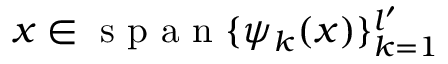
x \in \mathrm { ~ s ~ p ~ a ~ n ~ } \{ \psi _ { k } ( x ) \} _ { k = 1 } ^ { l ^ { \prime } }